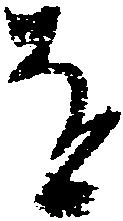
を